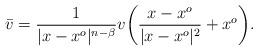
LaTeX: \begin{align*} \bar{v}=\frac{1}{|x-x^o|^{n-\beta}}v\bigg(\frac{x-x^o}{|x-x^o|^2}+x^o \bigg). \end{align*}